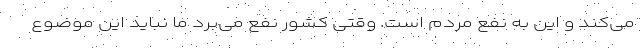
می‌کند و این به نفع مردم است. وقتی کشور نفع می‌برد ما نباید این موضوع